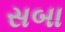
સબા